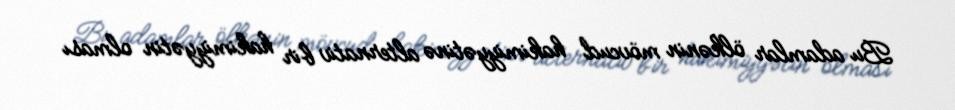
Bu adamlar ölkənin mövcud hakimiyyətinə alternativ bir hakimiyyətin olması